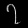
Digit: ၇